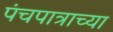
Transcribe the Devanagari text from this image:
पंचपात्राच्या